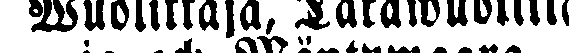
Wuolittaja, Takawuolitta-